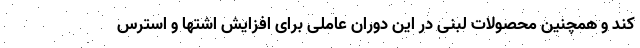
کند و همچنین محصولات لبنی در این دوران عاملی برای افزایش اشتها و استرس